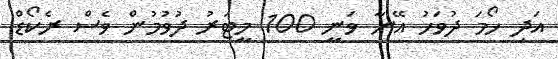
އަދި ހޯމަ ދުވަހު އޭނާ ވަނީ 100 މީޓަރު ދުވުމުން ވެސް ރެކޯޑް